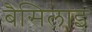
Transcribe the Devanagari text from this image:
बैसिलाइ